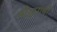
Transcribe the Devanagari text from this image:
बौद्धगंथों